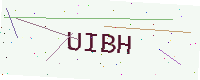
Text: UIBH